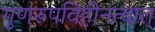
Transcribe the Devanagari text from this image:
गुणरूपविहीनत्वात्